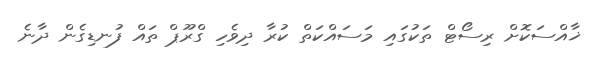
ޚާއްސަކޮށް ރިސޯޓް ތަކުގައި މަސައްކަތް ކުރާ ދިވެހި ގްރޫޕް ތައް ފުނޑިގެން ދާނެ